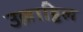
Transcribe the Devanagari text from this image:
उल्लाट्टिल